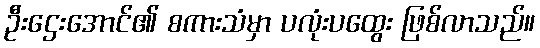
ဦးဌေးအောင်၏ စကားသံမှာ ပလုံးပထွေး ဖြစ်လာသည်။